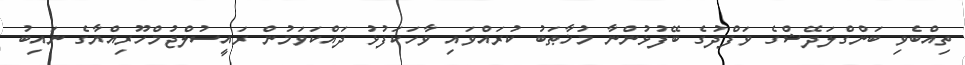
ތިއްބެވި ބަންގްލަދޭޝްގެ ވަފްދުގެ ބޭފުޅުންނާ މުޚާޠަބު ކުރައްވައި ވާހަކަފުޅު ދައްކަވަމުން ރައީސުލްޖުމްހޫރިއްޔާގެ ނައިބު